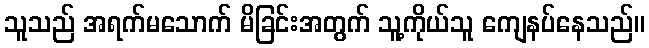
သူသည် အရက်မသောက် မိခြင်းအတွက် သူ့ကိုယ်သူ ကျေနပ်နေသည်။